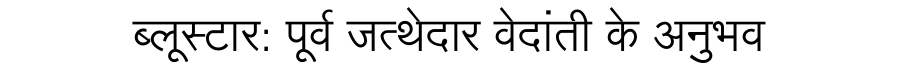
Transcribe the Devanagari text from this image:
ब्लूस्टार: पूर्व जत्थेदार वेदांती के अनुभव